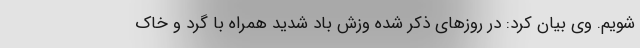
شویم. وی بیان کرد: در روزهای ذکر شده وزش باد شدید همراه با گرد و خاک